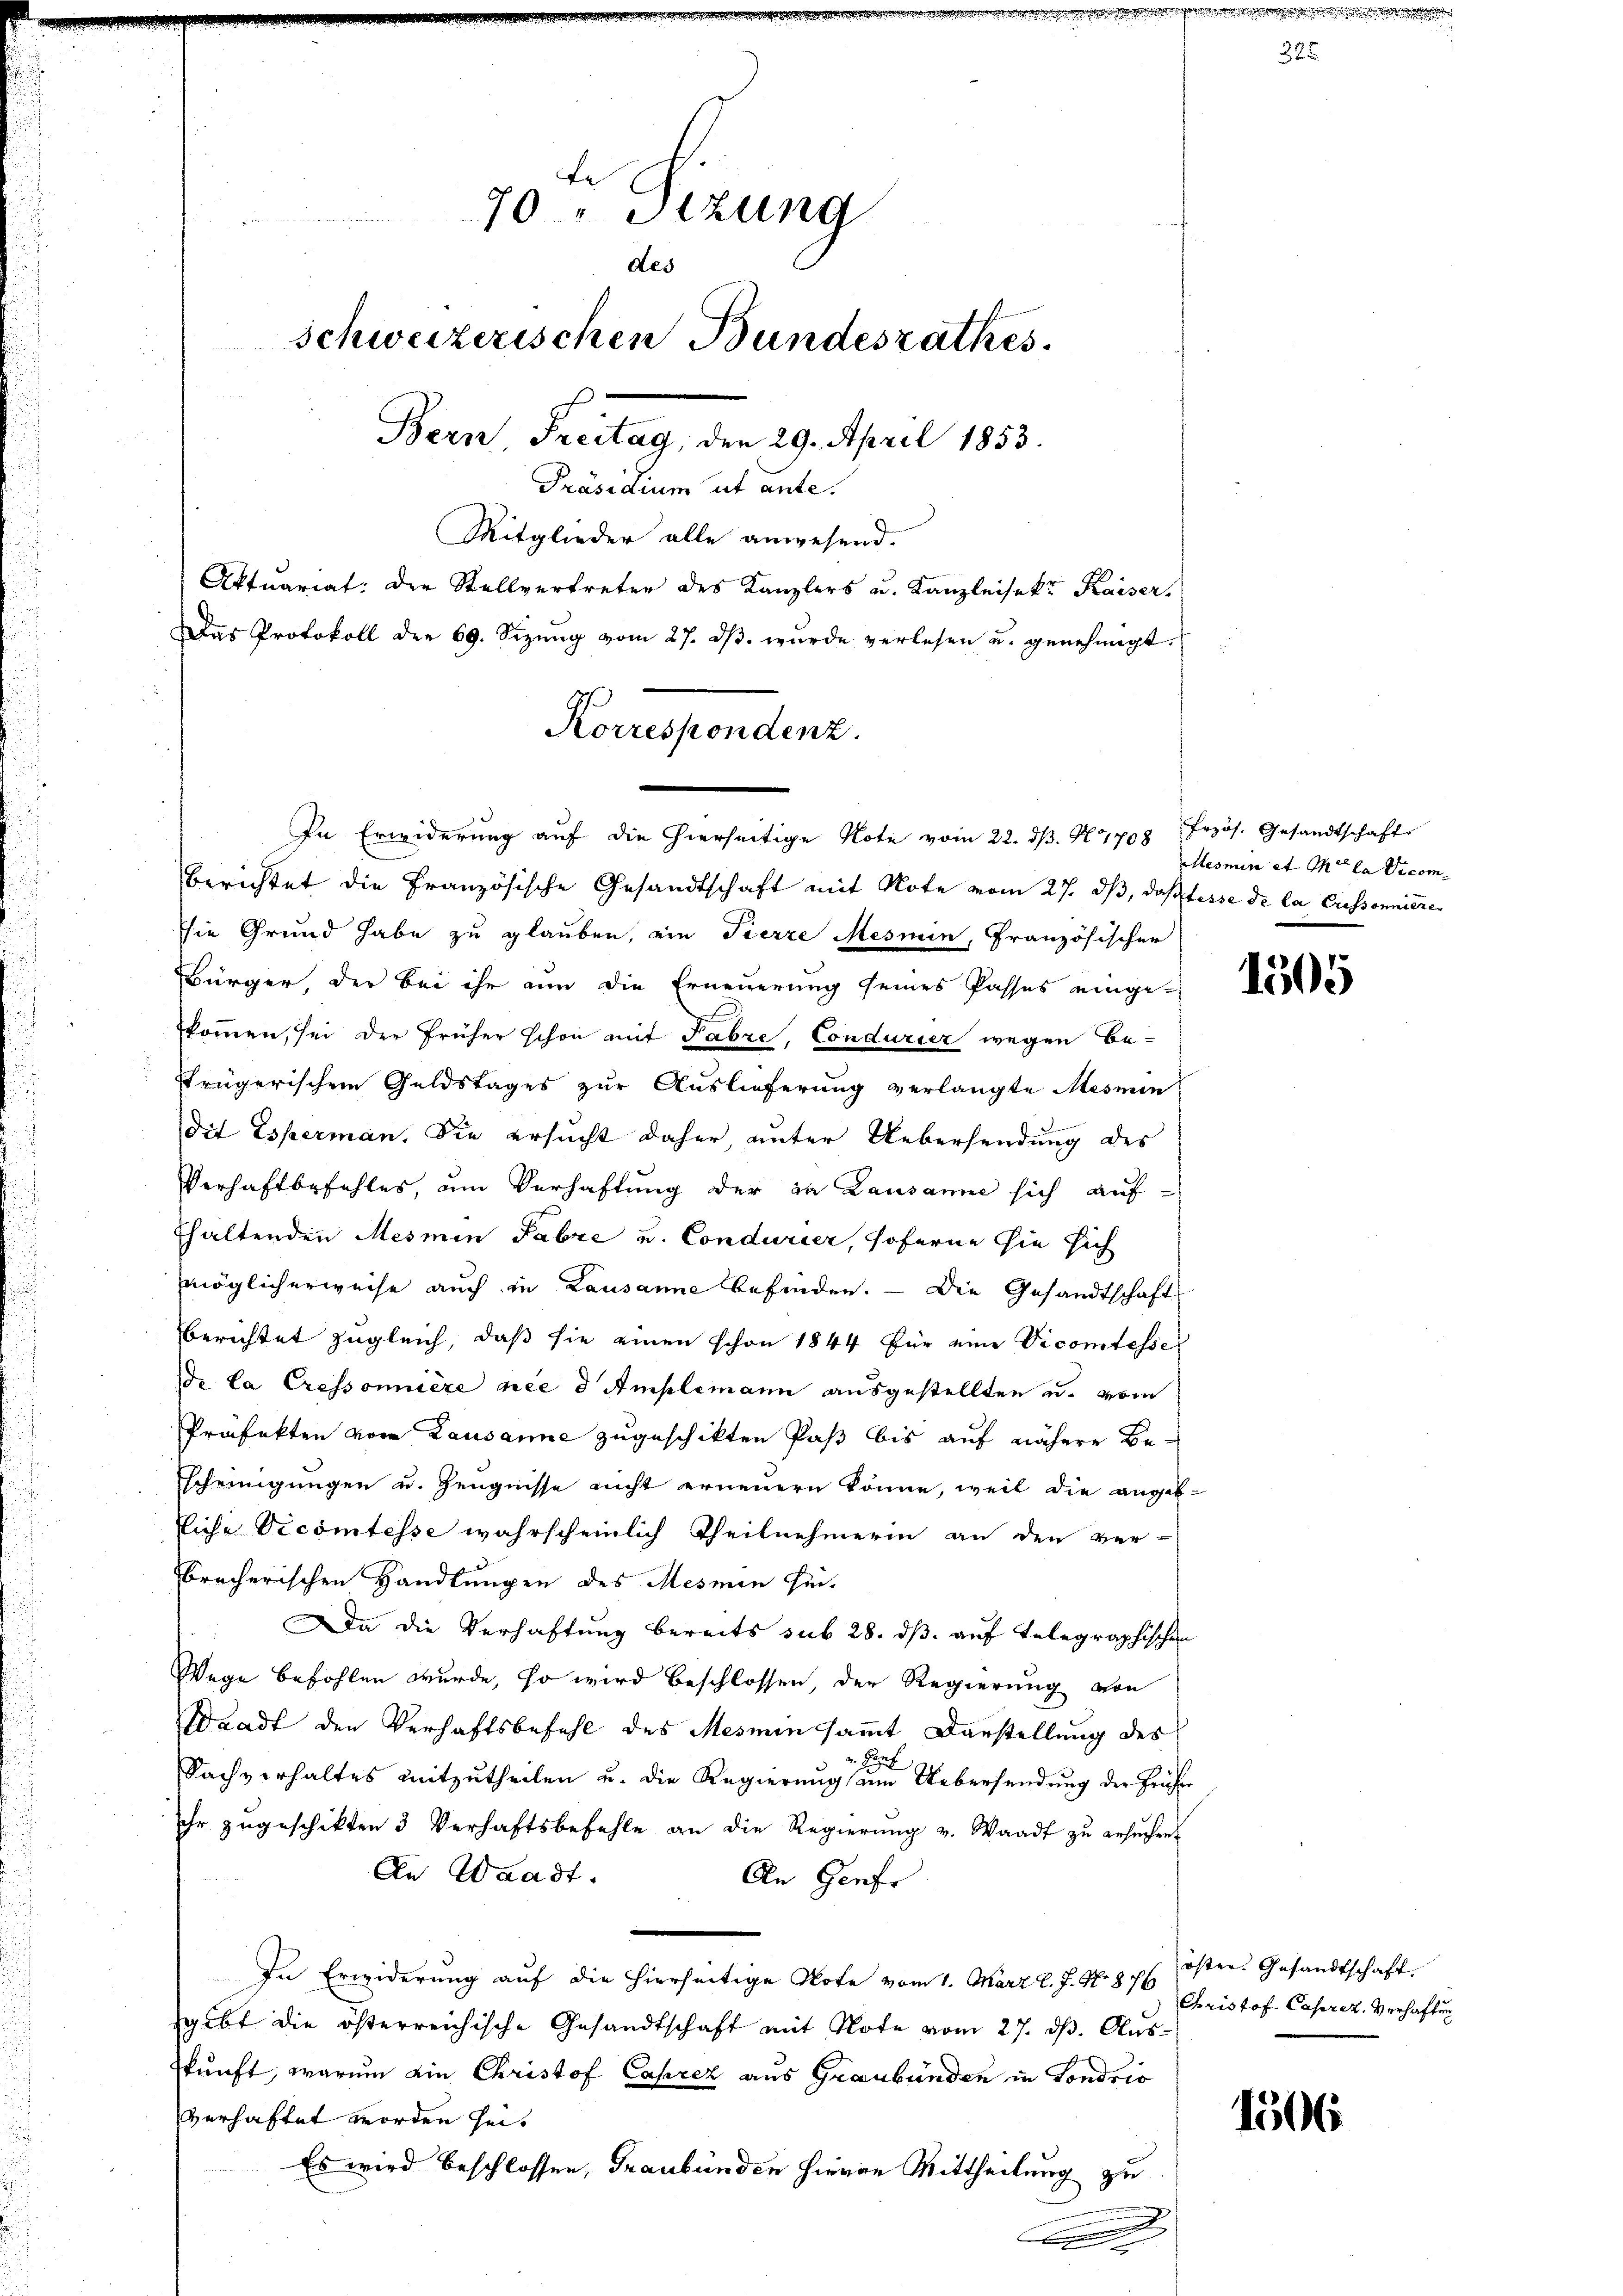
In Erwiderŭng aŭf die hierseitige Note vom 22. dβ. N. 7708 frzös. Gesandtschaft
Berichtet die Französische Gesandtschaft mit Note vom 27. dβ, daß fasse de la Cussonniere
ie Grund habe zu glauben, ein Tierze Mesmin, Französischer
Bürger, der bei ihr nun die Erneuerung seines Passes eingekommen, sei der früher schon mit Fabre, Condurier wegen Be-
ftrügerischen Geldstages zur Auslieferung verlangte Mesmin
dit Esperman. Sie ersucht daher unter Uebersendung des
Verhaftbefehles, um Verhaftung der in Lausanne sich auf-
thaltenden Mesmen Fabze und Condurier, soferne sie sich
möglicherweise auch in Lausanne befinden. — Die Gesandtschafts
berichtet zugleich, daß sie einen schon 1844 für eine Vicomtesse
de la Cressonière nie d Amplemann ausgestellten u. vom
Präfekten vom Lausanne zugeschikten Paß bis auf nähere Be-
scheinigungen u. Zeugnisse nicht erneuern könne, weil die angebtliche Vicomtesse wahrscheinlich Theilnehmerin an den ver-
brecherischen Handlungen des Mesmen hin¬
Da die Verhaftung bereits sub 28. ds. auf telegraphischen
Wege befohlen wurde, so wird beschlossen, der Regierung von
Waadt den Verhaftsbefehl des Mesmein sammt Darstellung des
2
Sachverhaltes mitzŭtheilen u. die Regierŭng ŭm Uebersendung der Früher
ihr zugeschikten 3 Verhaftsbefehle an die Regierŭng v. Waadt zŭ ersŭchen.
An Waadt.
An Genfr
In Erwiderung auf die hierseitige Note vom 1. März l. J. N. 87 Christof. Caprez. Verhaftung
sgibt die österreichische Gesandtschaft mit Note vom 27. ds. Ausskunft, warum ein Christof Caprez aus Graubünden in Sondrio
verhaftet worden heit
Es wird beschlossen, Graubünden hievon Mittheilung zu
.
.

Fe
70 Sizung
des
Schweizerischen Bundesrathes.
Bern, Freitag, den 29. April 1853.
Präsidium ut ante.
Mitglieder alle anwesend.
Aktuariat: Der Stellvertreter des Kanzlers u. Kanzleisekt Kaiser,
Das Protokoll der 69. Sizŭng vom 27. dβ. wurde verlesen u. genehmigt.

Korrespondenz.

Alles min et M. da Decom

1505

öster. Gesandtschaft.

1506